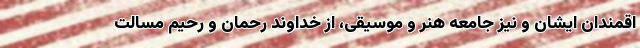
اقمندان ایشان و نیز جامعه هنر و موسیقی، از خداوند رحمان و رحیم مسالت